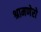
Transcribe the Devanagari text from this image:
श्रामणेरो